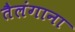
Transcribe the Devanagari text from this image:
तैलंगाना